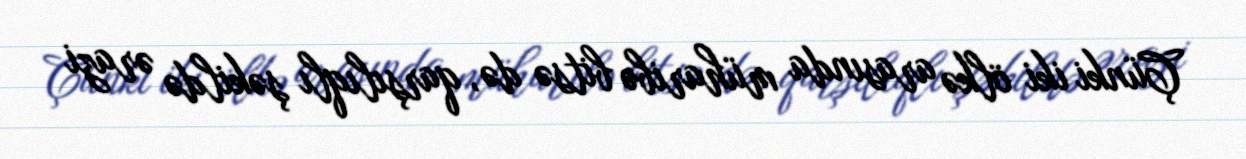
Çünki iki ölkə arasında müharibə bitsə də, qarşılıqlı şəkildə ərazi